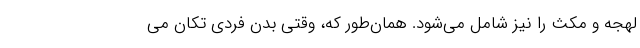
لهجه و مکث را نیز شامل می‌شود. همان‌طور که، وقتی بدن فردی تکان می